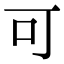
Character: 可